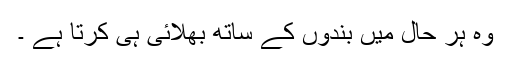
وہ ہر حال میں بندوں کے ساتھ بھلائی ہی کرتا ہے ۔